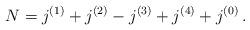
LaTeX: \begin{align*} N = j^{(1)} + j^{(2)} - j^{(3)} + j^{(4)} + j^{(0)} \,. \end{align*}